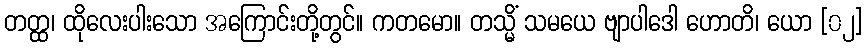
တတ္ထ၊ ထိုလေးပါးသော အကြောင်းတို့တွင်။ ကတမော။ တသ္မိံ သမယေ ဗျာပါဒေါ ဟောတိ၊ ယော [၀၂]